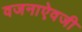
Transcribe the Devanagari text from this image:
वजनाऐवजी